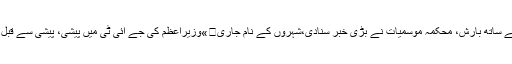
اہم خبریں »تیز ہوائیوں کے ساتھ بارش، محکمہ موسمیات نے بڑی خبر سنادی،شہروں کے نام جاری	»وزیراعظم کی جے آئی ٹی میں پیشی، پیشی سے قبل کیا اہم کام کرنیوالے ہیں؟